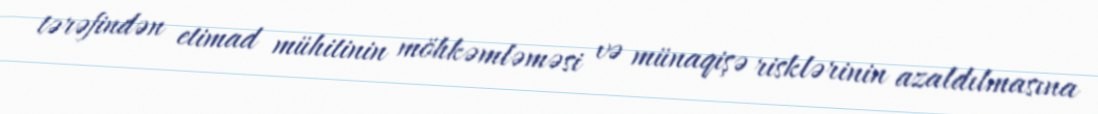
tərəfindən etimad mühitinin möhkəmləməsi və münaqişə risklərinin azaldılmasına